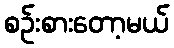
စဉ်းစားတော့မယ်